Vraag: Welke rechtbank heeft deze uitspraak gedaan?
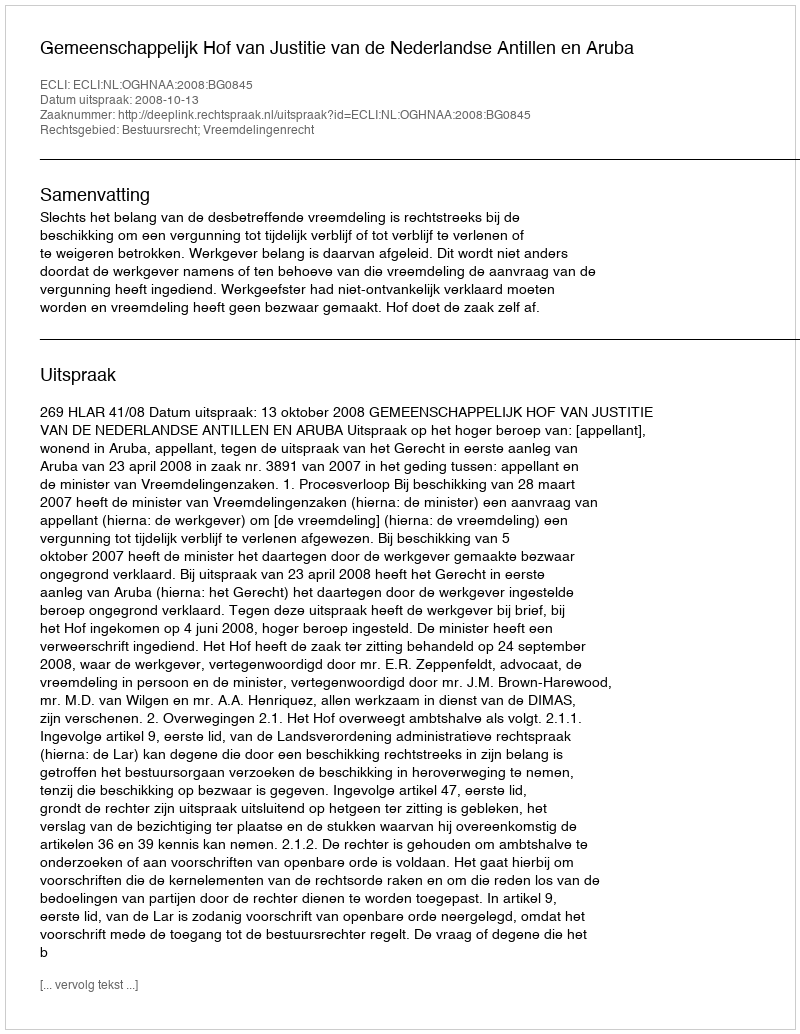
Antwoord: Gemeenschappelijk Hof van Justitie van de Nederlandse Antillen en Aruba